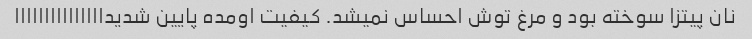
نان پیتزا سوخته بود و مرغ توش احساس نمیشد. کیفیت اومده پایین شدیدااااااااااااااا